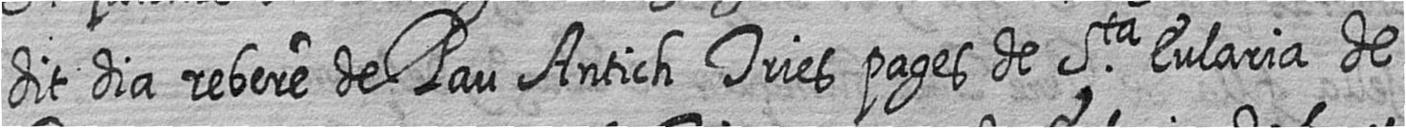
dit dia rebere de Pau Antich Tries pages de Sta Eularia de